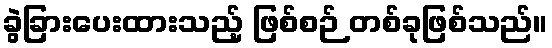
ခွဲခြားပေးထားသည့် ဖြစ်စဉ် တစ်ခုဖြစ်သည်။